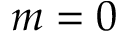
m = 0